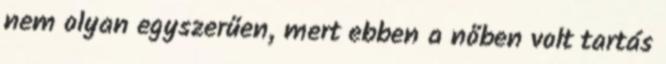
nem olyan egyszerűen, mert ebben a nőben volt tartás